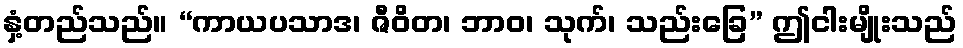
နှံ့တည်သည်။ “ကာယပသာဒ၊ ဇီဝိတ၊ ဘာဝ၊ သုက်၊ သည်းခြေ” ဤငါးမျိုးသည်